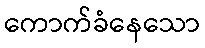
ကောက်ခံနေသော